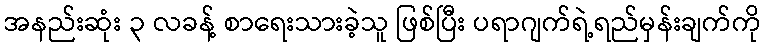
အနည်းဆုံး ၃ လခန့် စာရေးသားခဲ့သူ ဖြစ်ပြီး ပရာဂျက်ရဲ့ရည်မှန်းချက်ကို